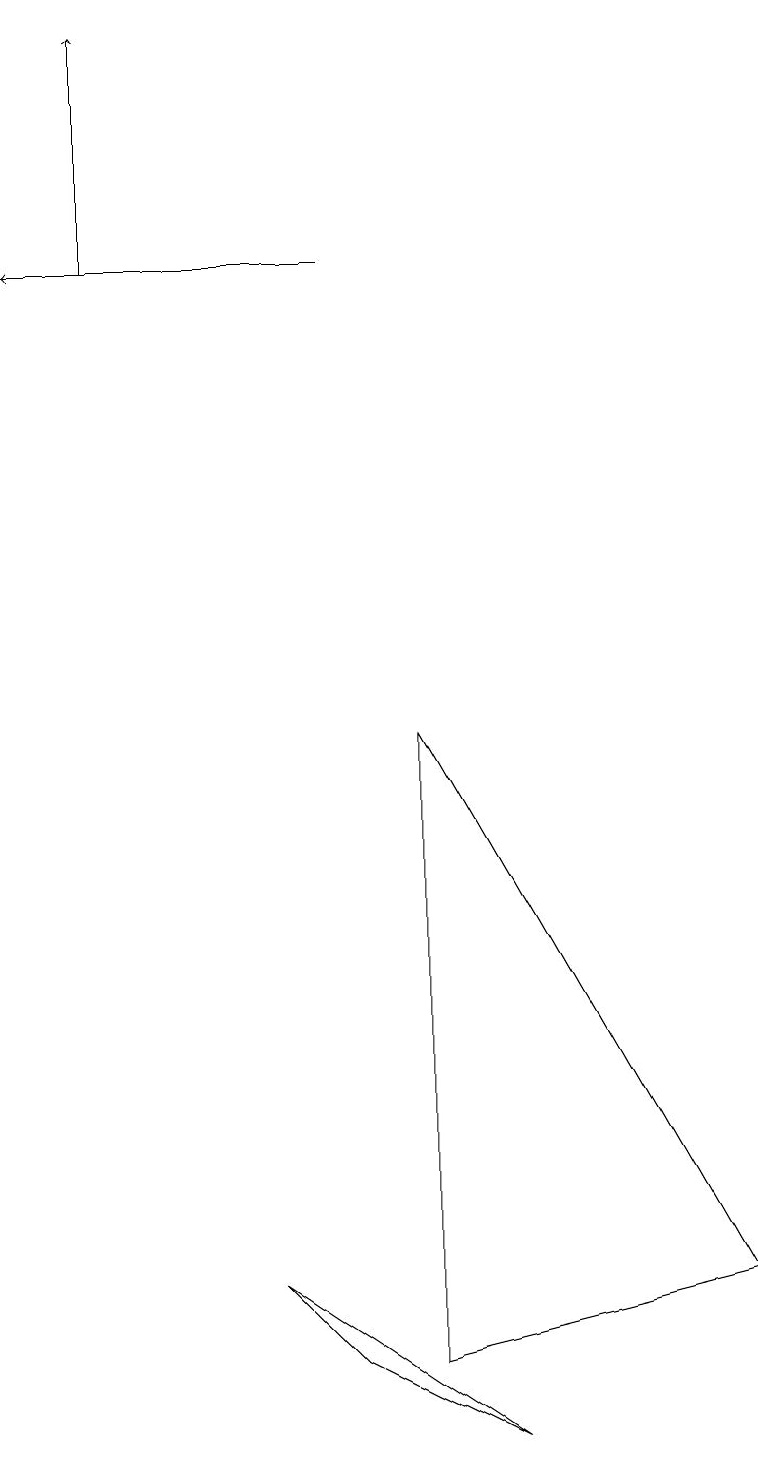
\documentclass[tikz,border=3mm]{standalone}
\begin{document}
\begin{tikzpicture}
\draw (5,1) -- (9,2) -- (5,9) -- cycle;
\draw[->] (4,15) -- (0,15);
\draw[->] (1,15) -- (1,18);
\draw (4,1) -- (6,0) -- (3,2) -- cycle;
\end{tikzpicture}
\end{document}